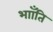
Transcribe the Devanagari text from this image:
भााँति